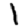
Digit: 1